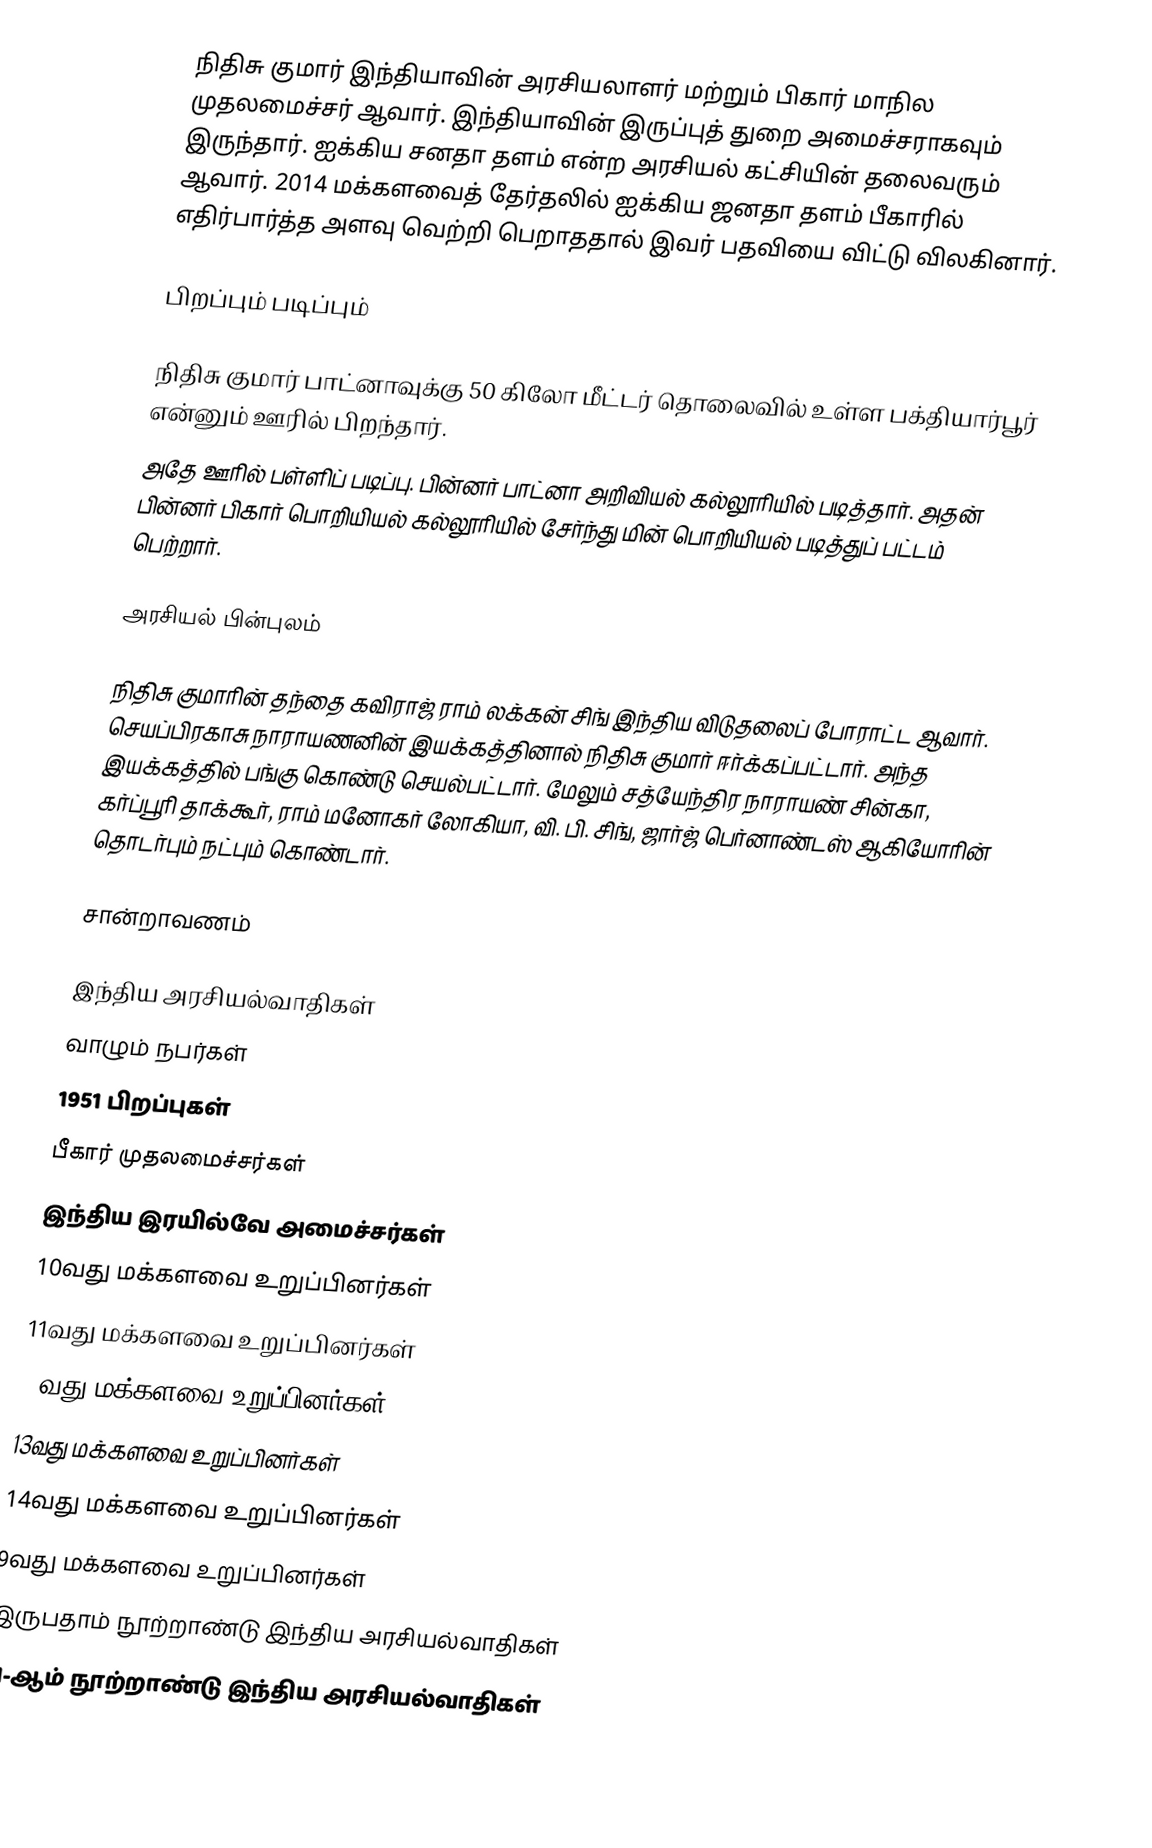
நிதிசு குமார் இந்தியாவின் அரசியலாளர் மற்றும் பிகார் மாநில முதலமைச்சர் ஆவார். இந்தியாவின் இருப்புத் துறை அமைச்சராகவும் இருந்தார். ஐக்கிய சனதா தளம் என்ற அரசியல் கட்சியின் தலைவரும் ஆவார். 2014 மக்களவைத் தேர்தலில் ஐக்கிய ஜனதா தளம் பீகாரில் எதிர்பார்த்த அளவு வெற்றி பெறாததால் இவர் பதவியை விட்டு விலகினார்.

பிறப்பும் படிப்பும்

நிதிசு குமார் பாட்னாவுக்கு 50 கிலோ மீட்டர் தொலைவில் உள்ள பக்தியார்பூர் என்னும் ஊரில் பிறந்தார்.
அதே ஊரில் பள்ளிப் படிப்பு. பின்னர் பாட்னா அறிவியல் கல்லூரியில் படித்தார். அதன் பின்னர்  பிகார் பொறியியல் கல்லூரியில் சேர்ந்து  மின் பொறியியல் படித்துப் பட்டம் பெற்றார்.

அரசியல் பின்புலம்

நிதிசு குமாரின் தந்தை கவிராஜ் ராம் லக்கன் சிங்  இந்திய விடுதலைப் போராட்ட ஆவார். செயப்பிரகாசு நாராயணனின் இயக்கத்தினால்  நிதிசு குமார் ஈர்க்கப்பட்டார். அந்த இயக்கத்தில் பங்கு கொண்டு செயல்பட்டார். மேலும் சத்யேந்திர நாராயண் சின்கா,  கர்ப்பூரி தாக்கூர், ராம் மனோகர் லோகியா, வி. பி. சிங், ஜார்ஜ் பெர்னாண்டஸ் ஆகியோரின் தொடர்பும் நட்பும் கொண்டார்.

சான்றாவணம்

இந்திய அரசியல்வாதிகள்
வாழும் நபர்கள்
1951 பிறப்புகள்
பீகார் முதலமைச்சர்கள்
இந்திய இரயில்வே அமைச்சர்கள்
10வது மக்களவை உறுப்பினர்கள்
11வது மக்களவை உறுப்பினர்கள்
12வது மக்களவை உறுப்பினர்கள்
13வது மக்களவை உறுப்பினர்கள்
14வது மக்களவை உறுப்பினர்கள்
9வது மக்களவை உறுப்பினர்கள்
இருபதாம் நூற்றாண்டு இந்திய அரசியல்வாதிகள்
21-ஆம் நூற்றாண்டு இந்திய அரசியல்வாதிகள்